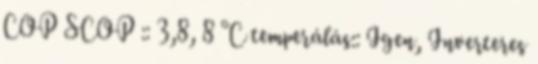
COP SCOP :: 3,8, 8 °C temperálás:: Igen, Inverteres